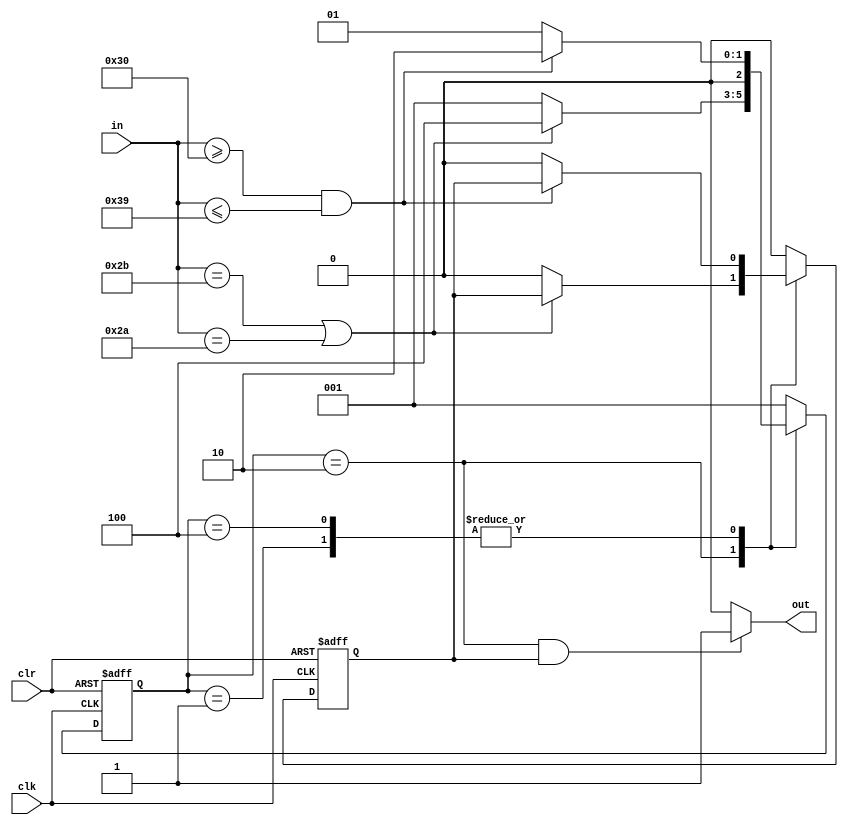
`timescale 1ns / 1ps
//////////////////////////////////////////////////////////////////////////////////
// Company: 
// Engineer: 
// 
// Design Name: 
// Module Name:    string 
// Project Name: 
// Target Devices: 
// Tool versions: 
// Description: 
//
// Dependencies: 
//
// Revision: 
// Revision 0.01 - File Created
// Additional Comments: 
//
//////////////////////////////////////////////////////////////////////////////////
module string(
    input clk,
    input clr,
    input [7:0] in,
    output reg out
    );
	 reg [2:0] state;
	 reg whole_sentence;
	 
	 initial begin
		state = 3'b001;
		whole_sentence = 1;
	 end
	 
	 // 
	 always @(posedge clk or posedge clr)begin
		// 
		if(clr)begin
			state <= 3'b001;
			whole_sentence <= 1;
		end
		// 
		else begin
			case(state)
				3'b001: begin
						if(in>="0"&&in<="9")state <= 3'b010;
						else begin
								  state <= 3'b001;
								  whole_sentence <= 0;
							  end
					end
				3'b010: begin
						if(in=="+"||in=="*")state <= 3'b100;
						else begin
								  state <= 3'b001;
								  whole_sentence <= 0;
							  end
					end
				3'b100: begin
						if(in>="0"&&in<="9")state <= 3'b010;
						else begin
								  state <= 3'b001;
								  whole_sentence <= 0;
							  end
					end
				default: begin
								state <= 3'b001;
								whole_sentence <= 0;
							end
			endcase
		end
	 end
	 
	 // 
	 always @(state or whole_sentence)begin
		if(state == 3'b010 && whole_sentence)
		out = 1;
		else
		out = 0;
	 end
endmodule

/*
1.F
2.
001 -  010 - F  100 - F+Op
FF+Op
out = 1  F
3.FOpF+OpF+OpFF -> 
*/